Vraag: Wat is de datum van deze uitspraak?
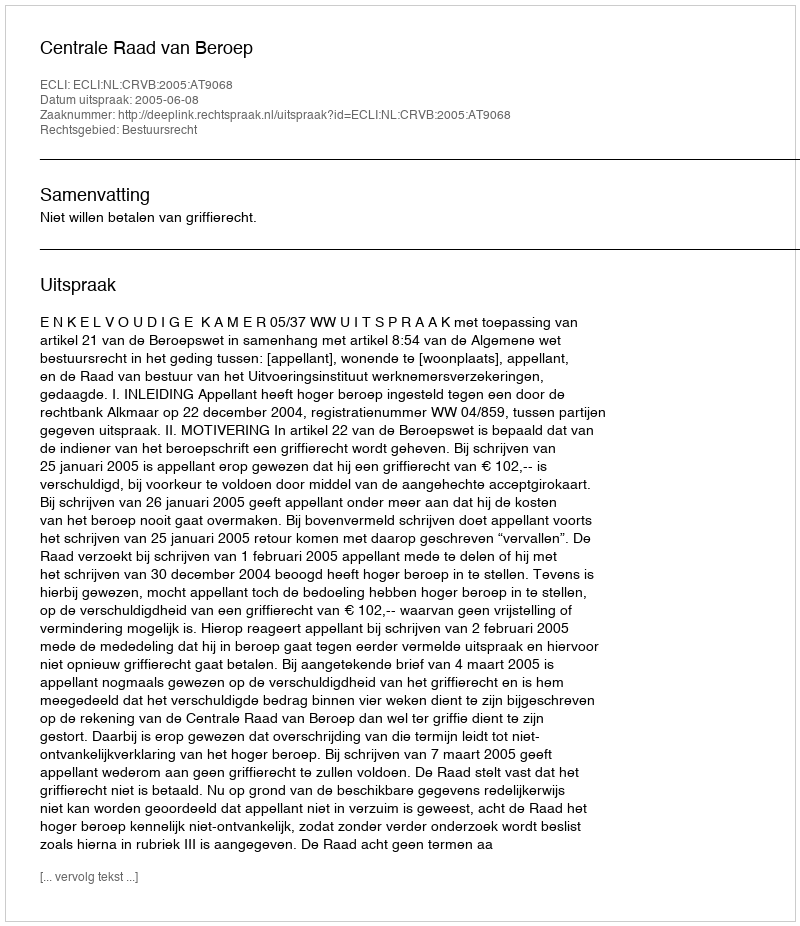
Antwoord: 2005-06-08